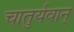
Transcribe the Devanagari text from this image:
चातुर्यवान्